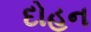
દોહન